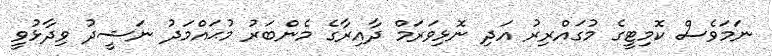
ނަމަވެސް ކޮމިޓީގެ މުގައްރިރު އަދި ނޮޅިވަރަމް ދާއިރާގެ މެންބަރު މުޙައްމަދު ނަޝީދު ވިދާޅުވީ